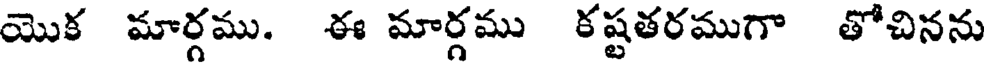
యొక మార్గము. ఈ మార్గము కష్టతరముగా తోచినను